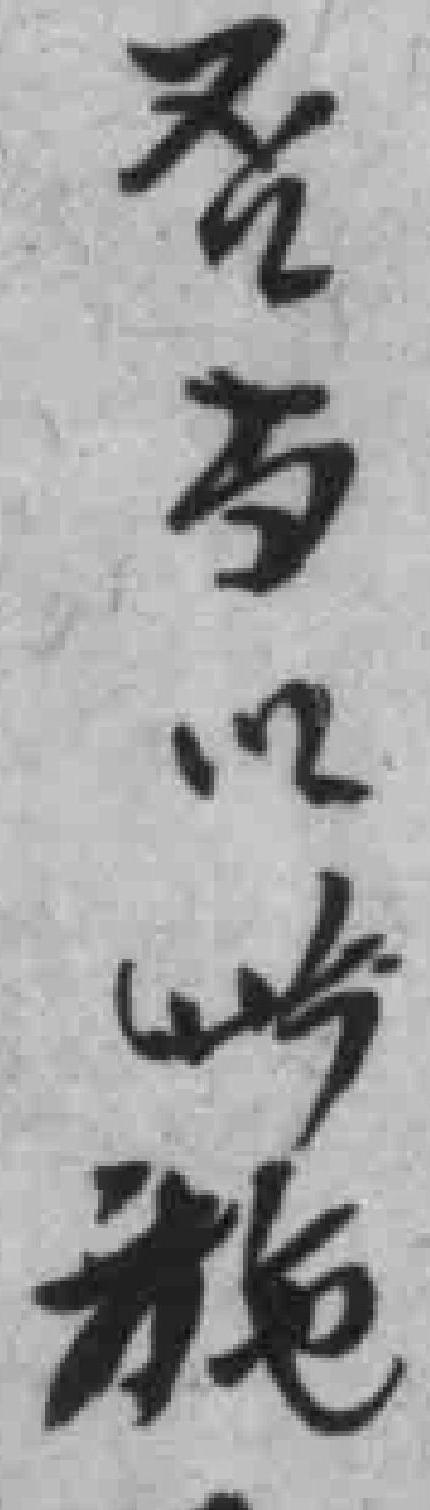
否当以此施